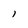
Character: I